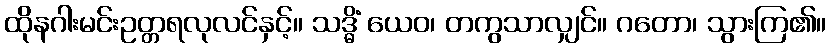
ထိုနဂါးမင်းဥတ္တရလုလင်နှင့်။ သဒ္ဓိံ ယေဝ၊ တကွသာလျှင်။ ဂတော၊ သွားကြ၏။